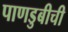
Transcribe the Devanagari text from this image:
पाणडुबीची